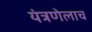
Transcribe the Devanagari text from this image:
यंत्रणेलाच